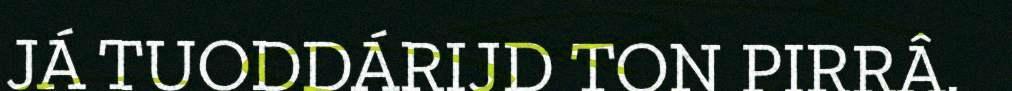
JÁ TUODDÁRIJD TON PIRRÂ.